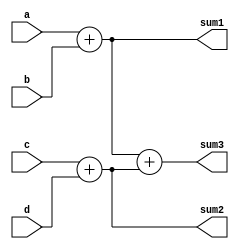

module adders3_procedural(
   input [3:0] a,
   input [3:0] b,
   input [7:0] c,
   input [7:0] d,
   output reg [4:0] sum1,
   output reg [8:0] sum2,
   output reg [9:0] sum3
);
  
    // The order of the assignments in NOT important  
    always @(a or b) begin
        sum1 = a+b;
    end
    
    always @(c or d) begin
        sum2 = c + d;
    end
    
    // Best practice control list
    // Any change in RHS propagates to LHS
    always @(*) begin
        sum3 = sum1 + sum2;
    end 
    
    /*
    always @(*) begin
        sum3 = a + b + c + d;
    end  */
  
endmodule



`timescale 1us/1ns

module tb_adders3_proc(
    // no inputs here ;)
    );
	
   reg [3:0] a, b;
   reg [7:0] c, d;
   wire [4:0] sum1;
   wire [8:0] sum2;
   wire [9:0] sum3;

    // Instantiate the DUT
    adders3_procedural ADD3(
      .a(a),
      .b(b),
      .c(c),
      .d(d),
      .sum1(sum1),
      .sum2(sum2),
      .sum3(sum3)      
    );
   
    // Create stimulus
    initial begin
      $monitor(" a = %d, b = %d, c = %d, d = %d, sum1 = %d, sum2 = %d, sum3 = %d",
                 a ,b ,c, d, sum1, sum2, sum3);
       #1; a = 4'd0  ; b = 4'd3  ; c = 8'd1 ; d = 8'd255 ;
       #1; a = 4'd10 ; b = 4'd13 ; c = 8'd9 ; d = 8'd10 ;
       #1; a = 4'd15 ; b = 4'd15 ; c = 8'd109 ; d = 8'd37 ;
       #1; a = 4'd0  ; b = 4'd9  ; c = 8'd45 ; d = 8'd45 ;
       #1;
    end
  
endmodule